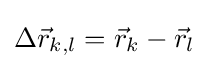
\Delta {\vec {r}}_{k,l}={\vec {r}}_{k}-{\vec {r}}_{l}